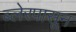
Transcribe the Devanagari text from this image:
ब्लेरपासून